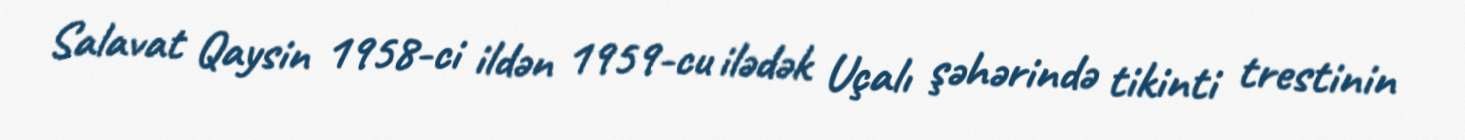
Salavat Qaysin 1958-ci ildən 1959-cu ilədək Uçalı şəhərində tikinti trestinin